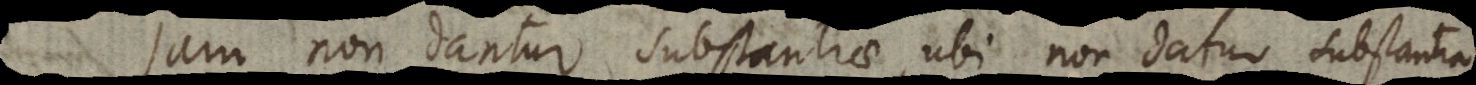
Jam non dantur substantiae, ubi non datur substantia,